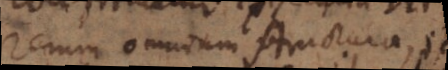
rerum omnium structura, et